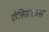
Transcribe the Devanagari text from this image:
ऐलिसएउस